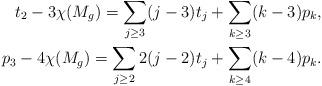
LaTeX: \begin{align*}\displaystyle t_2-3\chi(M_g)=\sum_{j\ge3}(j-3)t_j+\sum_{k\ge3}(k-3)p_k, \\\displaystyle p_3-4\chi(M_g)=\sum_{j\ge2}2(j-2)t_j+\sum_{k\ge4}(k-4)p_k.\end{align*}